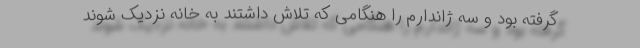
گرفته بود و سه ژاندارم را هنگامی که تلاش داشتند به خانه نزدیک شوند